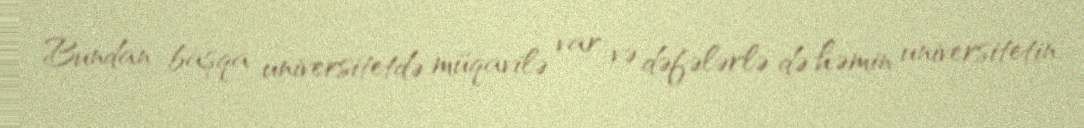
Bundan başqa universitetdə müqavilə var və dəfələrlə də həmin universitetin